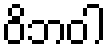
ဝိဘဝါ